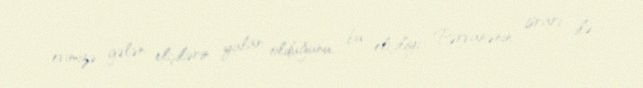
evimizə gələn elçilərin yalan olduğunu, bu elçiliyi Pərvanənin israrı ilə